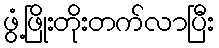
ဖွံ့ဖြိုးတိုးတက်လာပြီး